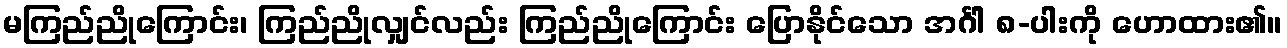
မကြည်ညိုကြောင်း၊ ကြည်ညိုလျှင်လည်း ကြည်ညိုကြောင်း ပြောနိုင်သော အင်္ဂါ ၈-ပါးကို ဟောထား၏။